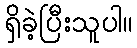
ရှိခဲ့ပြီးသူပါ။